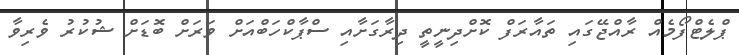
ޕްލެޓްފޯމެއް ރާއްޖޭގައި ތައާރަފް ކޮށްދިނީތީ ދިރާގަށާއި ސްޕާކްހަބްއަށް ވަރަށް ބޮޑަށް ޝުކުރު ވެރިވާ